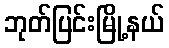
ဘုတ်ပြင်းမြို့နယ်